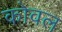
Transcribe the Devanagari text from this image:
कोवल